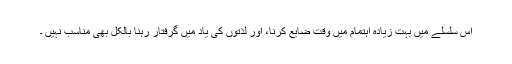
اس سلسلے میں بہت زیادہ اہتمام میں وقت ضایع کرنا، اور لذتوں کی یاد میں گرفتار رہنا بالکل بھی مناسب نہیں ۔